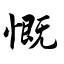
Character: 慨